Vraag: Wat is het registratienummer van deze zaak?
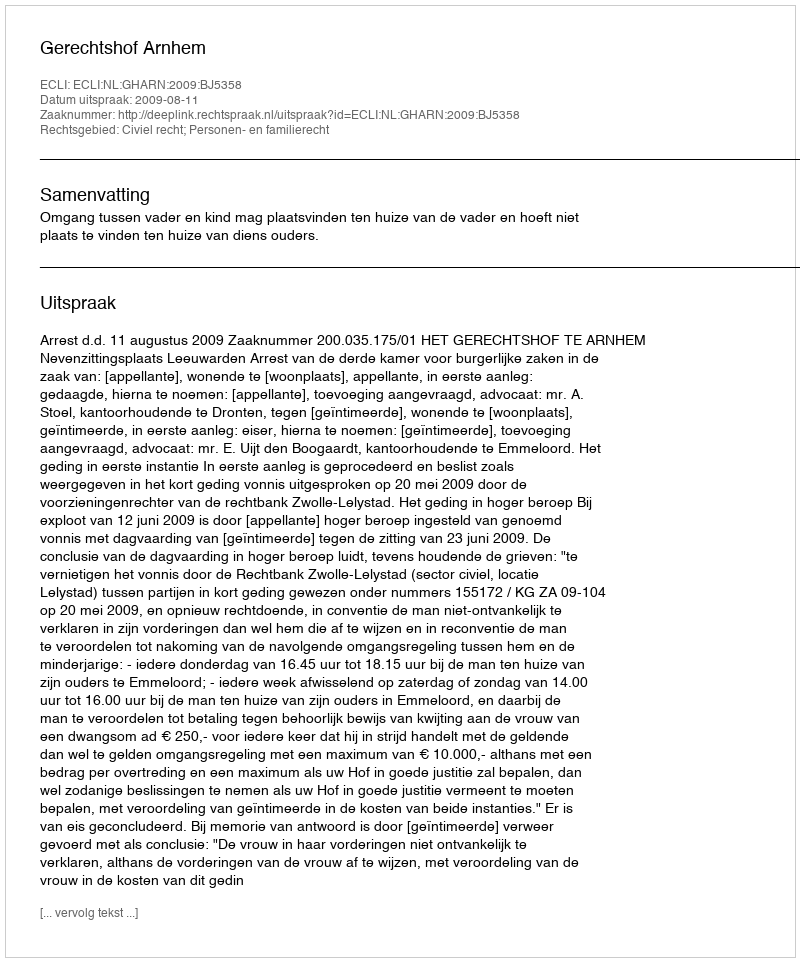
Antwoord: http://deeplink.rechtspraak.nl/uitspraak?id=ECLI:NL:GHARN:2009:BJ5358